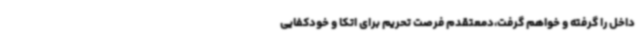
داخل را گرفته و خواهم گرفت،دمعتقدم فرصت تحریم برای اتکا و خودکفایی